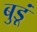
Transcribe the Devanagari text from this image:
बुडूं